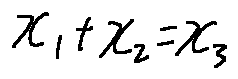
x _ { 1 } + x _ { 2 } = x _ { 3 }